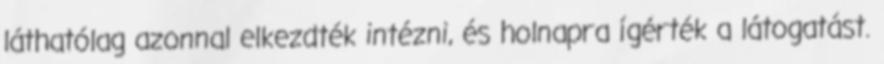
láthatólag azonnal elkezdték intézni, és holnapra ígérték a látogatást.